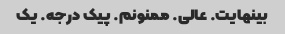
بینهایت. عالی. ممنونم. پیک درجه. یک